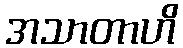
အသာတာဟိ